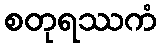
စတုရဿကံ